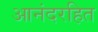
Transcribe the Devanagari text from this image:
आनंदरहित